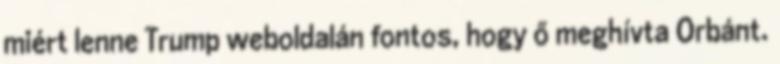
miért lenne Trump weboldalán fontos, hogy ő meghívta Orbánt.